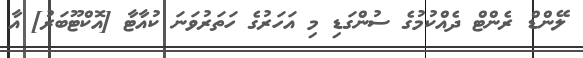
ލޭންޑް ރެންޓް ދެއްކުމުގެ ސުންގަޑި މި އަހަރުގެ ހަތަރުވަނަ ކުއާޓާ [އޮކްޓޫބަރު] އާ